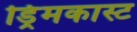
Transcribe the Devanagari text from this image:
ड्रिमकास्ट